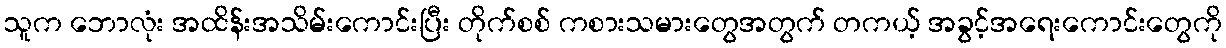
သူက ဘောလုံး အထိန်းအသိမ်းကောင်းပြီး တိုက်စစ် ကစားသမားတွေအတွက် တကယ့် အခွင့်အရေးကောင်းတွေကို